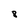
Character: 8